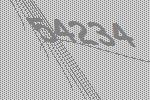
54234